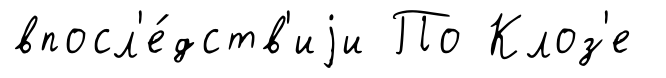
впосл'е́дств'иjи По Клоз'е